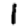
Digit: 1